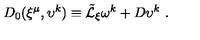
D _ { 0 } ( \xi ^ { \mu } , \upsilon ^ { k } ) \equiv { \tilde { \cal L } } _ { \xi } \omega ^ { k } + D \upsilon ^ { k } \ .